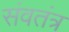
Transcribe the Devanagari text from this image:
संवतंत्र